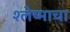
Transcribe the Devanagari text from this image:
श्लेष्माचा